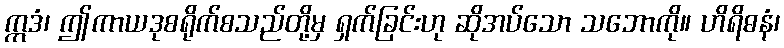
ဣဒံ၊ ဤကာယဒုစရိုက်စသည်တို့မှ ရှက်ခြင်းဟု ဆိုအပ်သော သဘောကို။ ဟိရိဓနံ၊